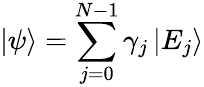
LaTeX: \left|\psi\right\rangle=\sum_{j=0}^{N-1}\gamma_{j}\left|E_{j}\right\rangle